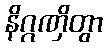
နိဂ္ဂဏှိတွာ